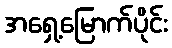
အရှေ့မြောက်ပိုင်း